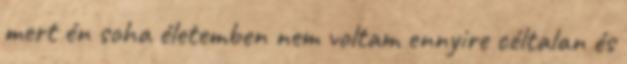
mert én soha életemben nem voltam ennyire céltalan és